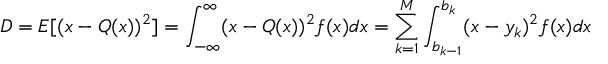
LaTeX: D = E [ ( x - Q ( x ) ) ^ { 2 } ] = \int _ { - \infty } ^ { \infty } ( x - Q ( x ) ) ^ { 2 } f ( x ) d x = \sum _ { k = 1 } ^ { M } \int _ { b _ { k - 1 } } ^ { b _ { k } } ( x - y _ { k } ) ^ { 2 } f ( x ) d x